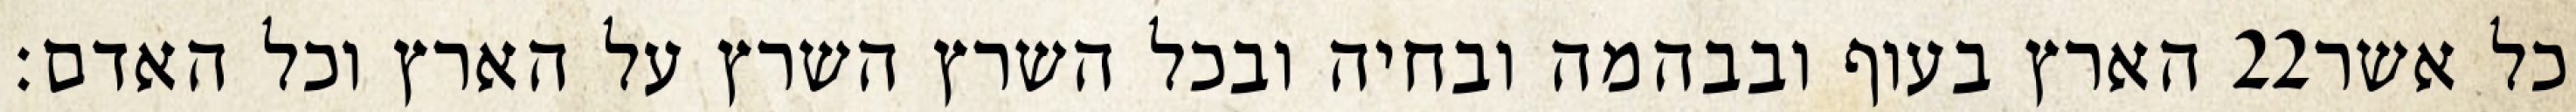
הארץ בעוף ובבהמה ובחיה ובכל השרץ השרץ על הארץ וכל האדם׃ ‎22‏ כל אשר